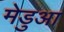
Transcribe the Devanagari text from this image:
मेडुआ